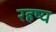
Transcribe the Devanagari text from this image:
रहष्य